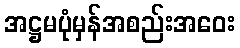
အဋ္ဌမပုံမှန်အစည်းအဝေး